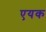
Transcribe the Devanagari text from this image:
एयक